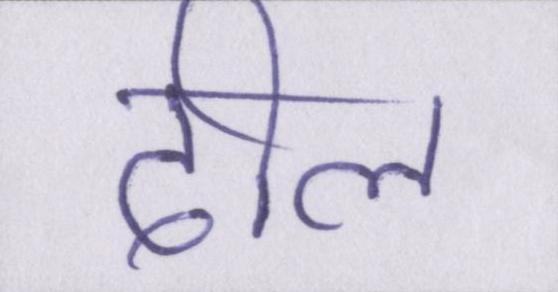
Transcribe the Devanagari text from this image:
ढील